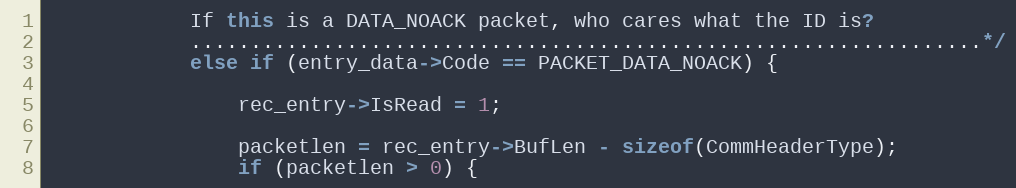
Language: C++
			If this is a DATA_NOACK packet, who cares what the ID is?
			..................................................................*/
			else if (entry_data->Code == PACKET_DATA_NOACK) {

				rec_entry->IsRead = 1;

				packetlen = rec_entry->BufLen - sizeof(CommHeaderType);
				if (packetlen > 0) {